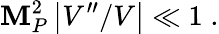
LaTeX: \mathbf{M}_{P}^{2}\left|V^{\prime\prime}/V\right|\ll1\; .